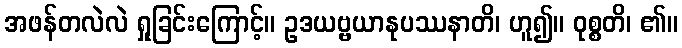
အဖန်တလဲလဲ ရှုခြင်းကြောင့်။ ဥဒယဗ္ဗယာနုပဿနာတိ၊ ဟူ၍။ ဝုစ္စတိ၊ ၏။